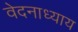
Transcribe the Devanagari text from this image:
वेदनाध्याय